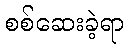
စစ်ဆေးခဲ့ရာ